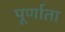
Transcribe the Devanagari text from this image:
पूर्णाता